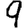
Digit: 9